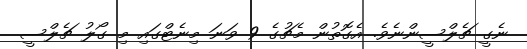
ނެގީ ޗެލްސީންނެވެ. އެގޮތުން މެޗުގެ 9 ވަނަ މިނެޓްގައި މި ގޯލު ޗެލްސީ